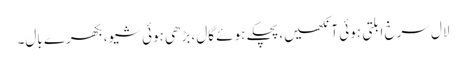
لال سرخ ابلتی ہوئی آنکھیں،پچکے ہوئے گال، بڑھی ہوئی شیو، بکھرے بال۔